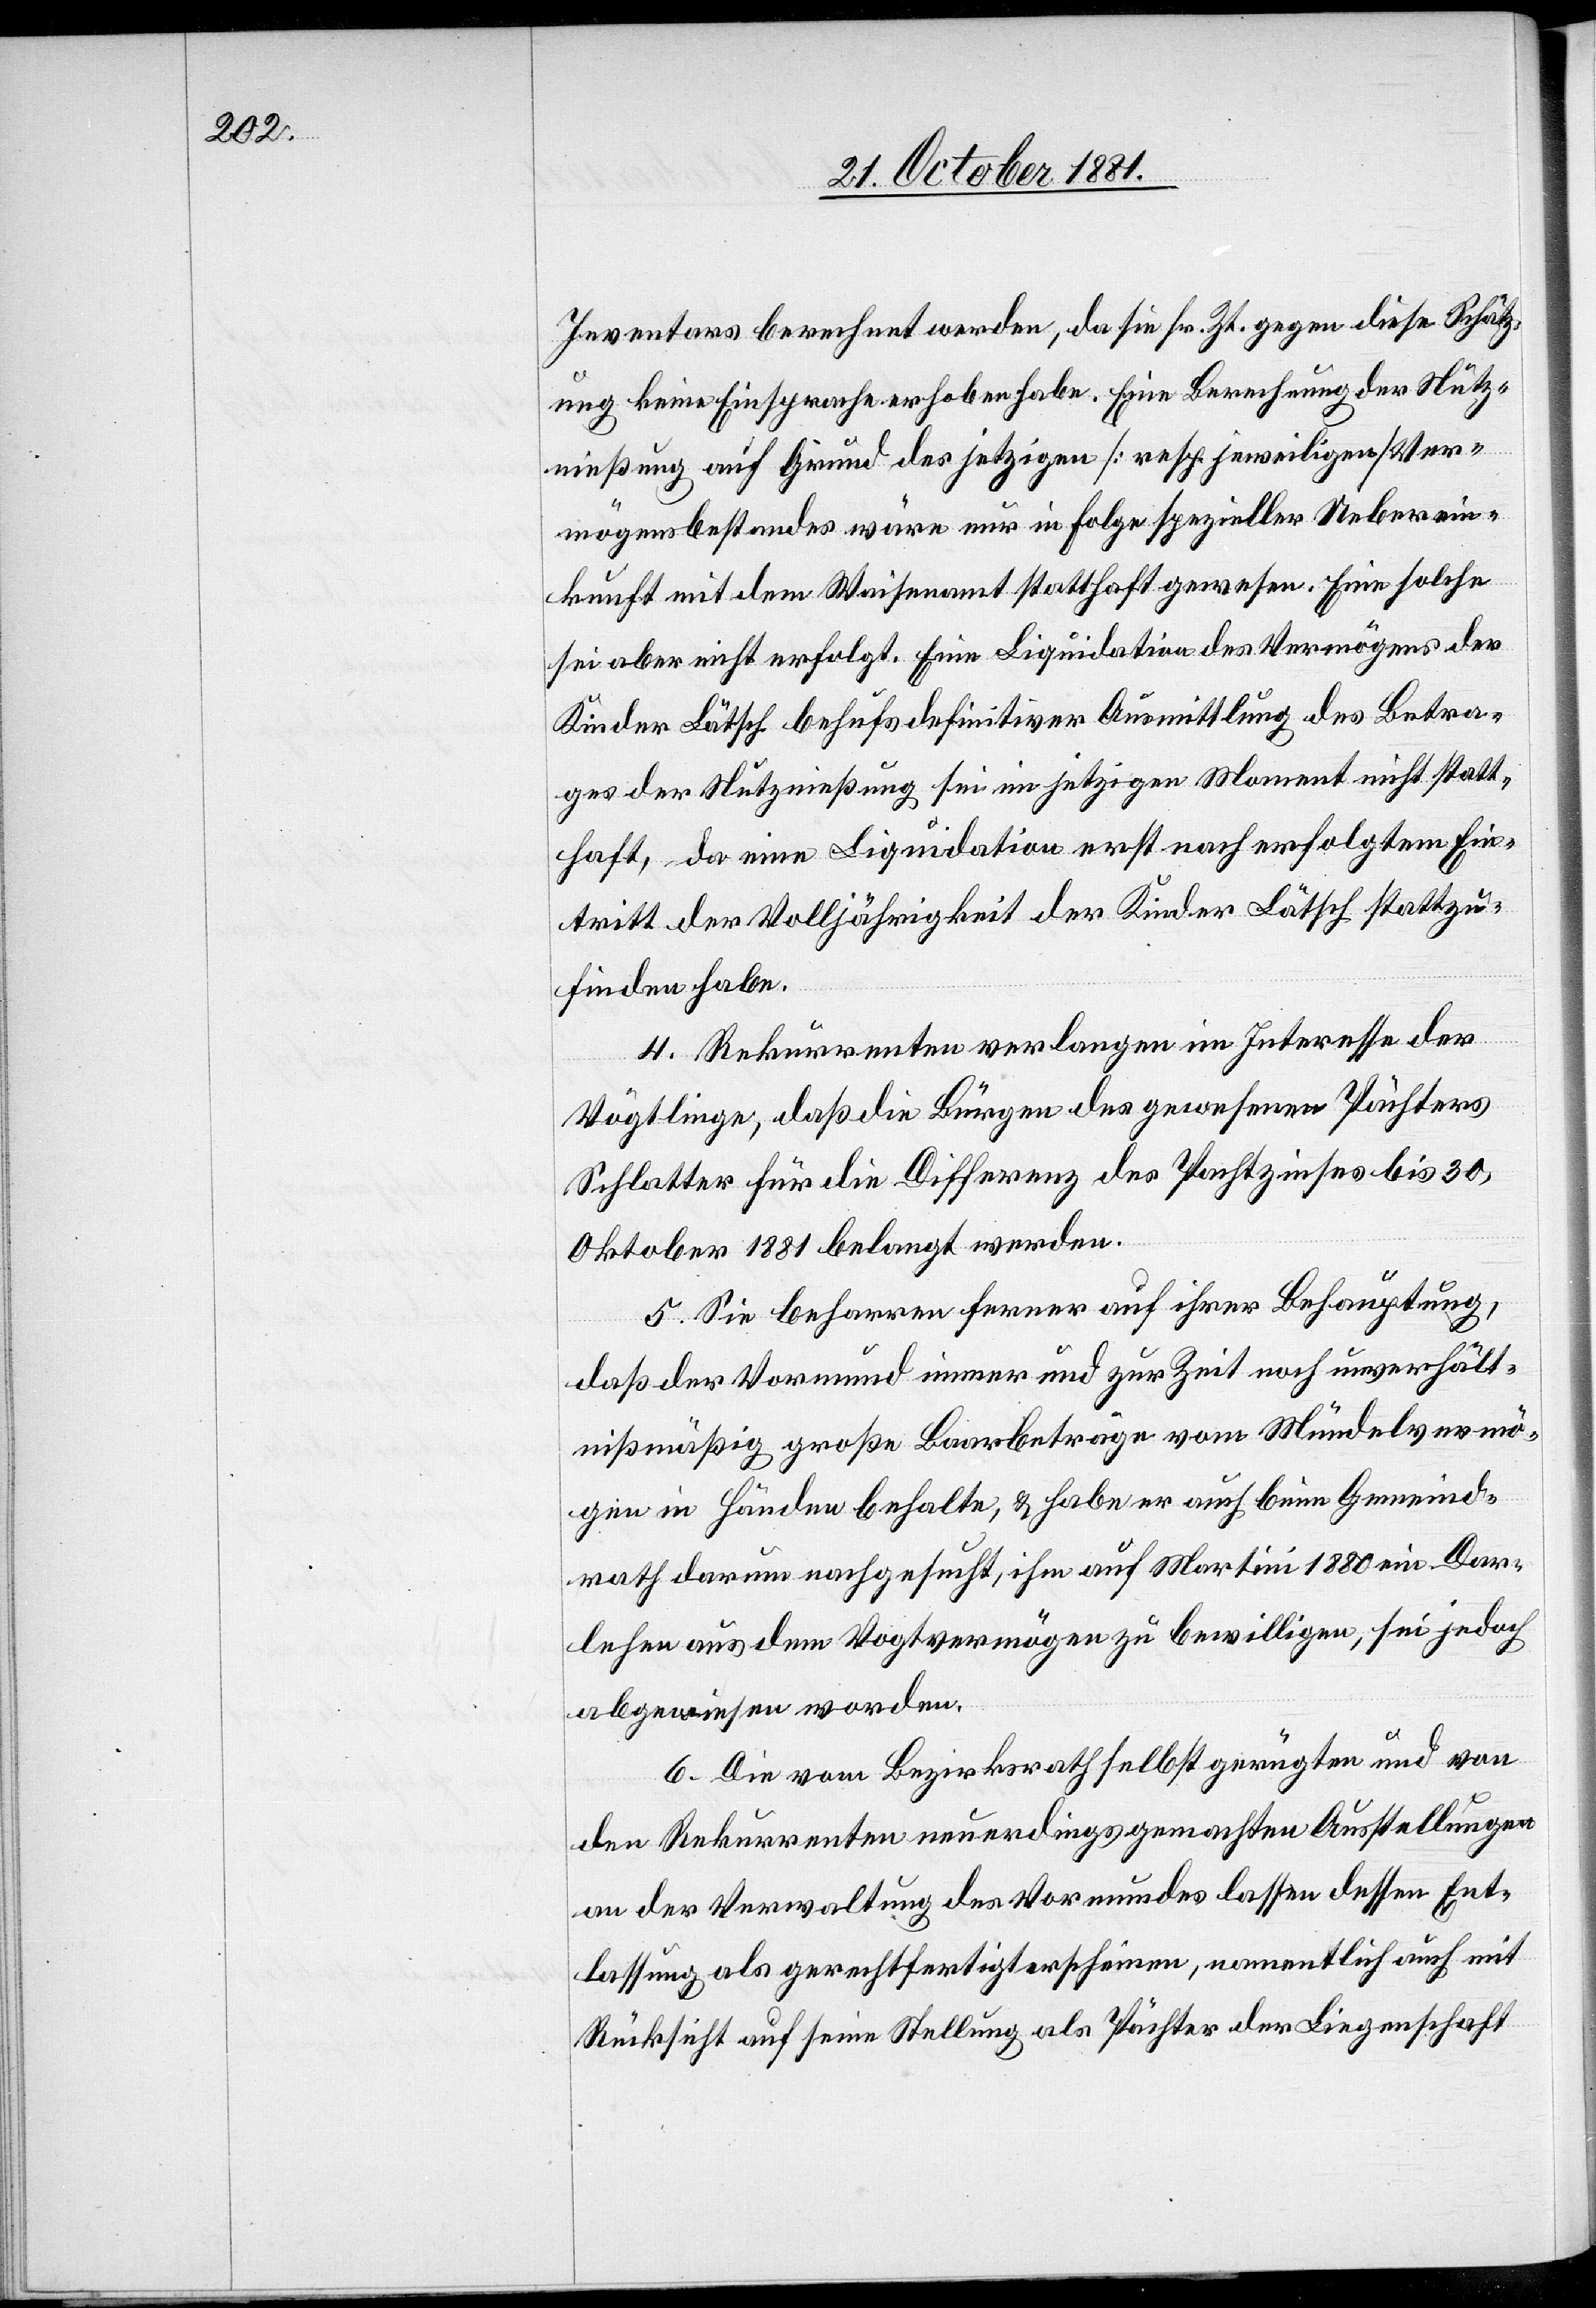
Inventars berechnet werden, da sie sr. Zt. gegen diese Schätz¬
ung keine Einsprache erhoben habe. Eine Berechnung der Nutz¬
nießung auf Grund des jetzigen [resp. jeweiligen] Ver¬
mögensbestandes wäre nur in Folge spezieller Ueberein¬
kunft mit dem Waisenamt statthaft gewesen. Eine solche
sei aber nicht erfolgt. Eine Liquidation des Vermögens der
Kinder Lätsch behufs definitiver Ausmittlung des Betra¬
ges der Nutznießung sei im jetzigen Moment nicht statt¬
haft, da eine Liquidation erst nach erfolgtem Ein¬
tritt der Volljährigkeit der Kinder Lätsch stattzu¬
finden habe.
4. Rekurrenten verlangen im Interesse der
Vögtlinge, daß die Bürgen des gewesenen Pächters
Schlatter für die Differenz des Pachtzinses bis 30.
Oktober 1881 belangt werden.
5. Sie beharren ferner auf ihrer Behauptung,
daß der Vormund immer und zur Zeit noch unverhält¬
nißmäßig große Baarbeträge vom Mündelvermö¬
gen in Händen behalte, & habe er auch beim Gemeind¬
rath darum nachgesucht, ihm auf Martini 1880 ein Dar¬
lehen aus dem Vogtvermögen zu bewilligen, sei jedoch
abgewiesen worden.
6. Die vom Bezirksrath selbst gerügten und von
den Rekurrenten neuerdings gemachten Ausstellungen
an der Verwaltung des Vormundes lassen dessen Ent¬
lassung als gerechtfertigt erscheinen, namentlich auch mit
Rücksicht auf seine Stellung als Pächter der Liegenschaft